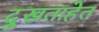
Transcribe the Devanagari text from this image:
दुखताहेत